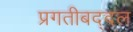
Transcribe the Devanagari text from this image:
प्रगतीबद्दल